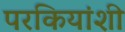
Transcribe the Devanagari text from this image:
परकियांशी